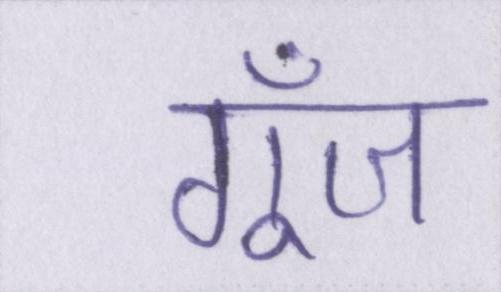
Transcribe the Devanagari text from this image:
गूँज